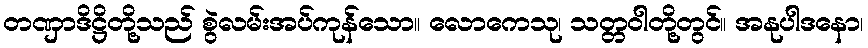
တဏှာဒိဋ္ဌိတို့သည် စွဲလမ်းအပ်ကုန်သော။ လောကေသု၊ သတ္တဝါတို့တွင်။ အနုပါဒနော၊